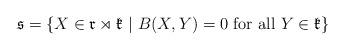
LaTeX: \begin{align*}\mathfrak s = \{ X\in \mathfrak r \rtimes \mathfrak k \ | \ B(X,Y) = 0 \mbox{ for all } Y\in \mathfrak k \}\end{align*}